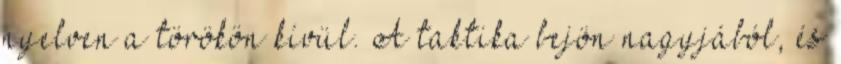
nyelven a törökön kívül. A taktika bejön nagyjából, és